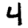
Digit: 4